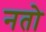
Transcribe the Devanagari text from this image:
नतो